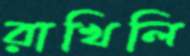
রাখিলি